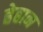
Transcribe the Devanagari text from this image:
ह्रेहान